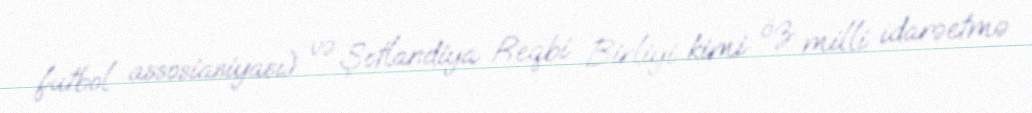
futbol assosiasiyası) və Şotlandiya Reqbi Birliyi kimi öz milli idarəetmə